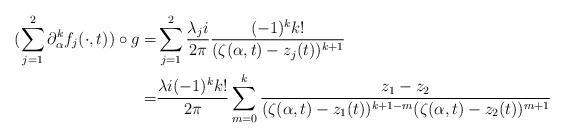
LaTeX: \begin{align*} (\sum_{j=1}^2\partial_{\alpha}^k f_j(\cdot,t))\circ g=& \sum_{j=1}^2 \frac{\lambda_j i}{2\pi}\frac{(-1)^k k!}{(\zeta(\alpha,t)-z_j(t))^{k+1}}\\ =& \frac{\lambda i(-1)^k k!}{2\pi}\sum_{m=0}^k \frac{z_1-z_2}{(\zeta(\alpha,t)-z_1(t))^{k+1-m}(\zeta(\alpha,t)-z_2(t))^{m+1}}\end{align*}